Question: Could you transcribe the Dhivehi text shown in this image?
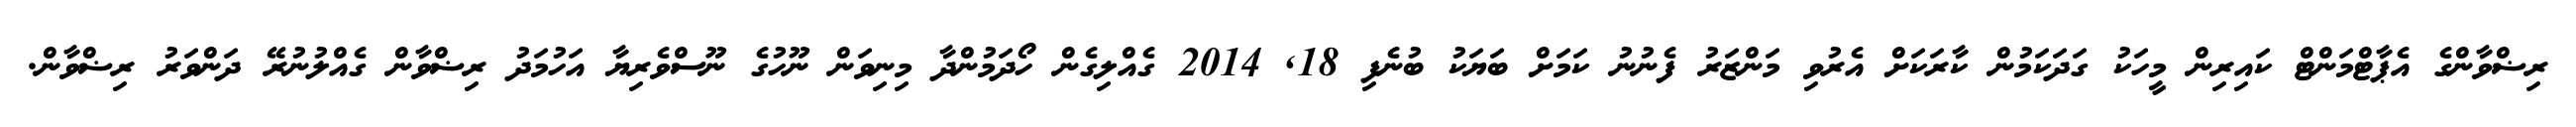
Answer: ރިޟްވާންގެ އެޕާޓްމަންޓް ކައިރިން މީހަކު ގަދަކަމުން ކާރަކަށް އެރުވި މަންޒަރު ފެނުނު ކަމަށް ބަޔަކު ބުނެފި 18, 2014 ގެއްލިގެން ހޯދަމުންދާ މިނިވަން ނޫހުގެ ނޫސްވެރިޔާ އަހުމަދު ރިޟްވާން ގެއްލުނުރޭ ދަންވަރު ރިޟްވާން.